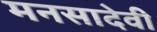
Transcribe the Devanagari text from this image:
मनसादेवी